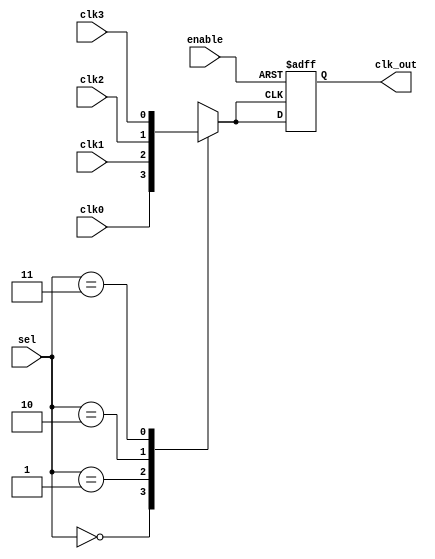
module ClockMuxBuffer (
    input wire clk0,        // Input Clock 0
    input wire clk1,        // Input Clock 1
    input wire clk2,        // Input Clock 2
    input wire clk3,        // Input Clock 3
    input wire [1:0] sel,   // Selection signal (2-bit for 4 clocks)
    input wire enable,      // Enable signal
    output reg clk_out      // Buffered output clock
);

// Internal signal to hold the selected clock
reg clk_selected;

// Clock selection logic
always @(*) begin
    case (sel)
        2'b00: clk_selected = clk0;
        2'b01: clk_selected = clk1;
        2'b10: clk_selected = clk2;
        2'b11: clk_selected = clk3;
        default: clk_selected = 1'b0; // Default case (should not occur)
    endcase
end

// Buffering and enable control
always @(posedge clk_selected or negedge enable) begin
    if (!enable) begin
        clk_out <= 1'b0; // Output held low when disabled
    end else begin
        clk_out <= clk_selected; // Buffer the selected clock to output
    end
end

endmodule